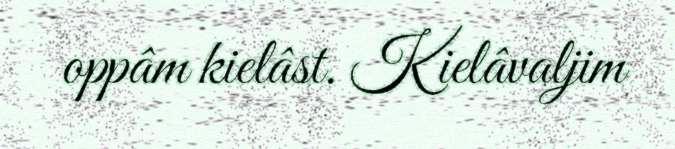
oppâm kielâst. Kielâvaljim